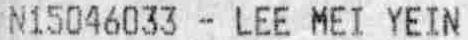
N15046033 - LEE MEI YEIN